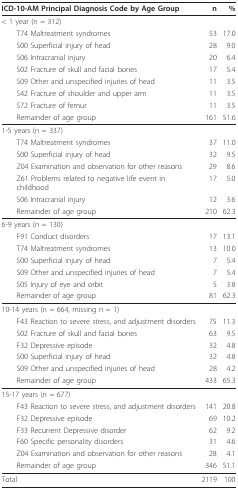
| ICD-10-AM Principal Diagnosis Code by Age Group | n | % |
 | --- | --- | --- |
 | < 1 year (n = 312) |  |  |
 | T74 Maltreatment syndromes | 53 | 17.0 |
 | S00 Superficial injury of head | 28 | 9.0 |
 | S06 Intracranial injury | 20 | 6.4 |
 | S02 Fracture of skull and facial bones | 17 | 5.4 |
 | S09 Other and unspecified injuries of head | 11 | 3.5 |
 | S42 Fracture of shoulder and upper arm | 11 | 3.5 |
 | S72 Fracture of femur | 11 | 3.5 |
 | Remainder of age group | 161 | 51.6 |
 | 1-5 years (n = 337) |  |  |
 | T74 Maltreatment syndromes | 37 | 11.0 |
 | S00 Superficial injury of head | 32 | 9.5 |
 | Z04 Examination and observation for other reasons | 29 | 8.6 |
 | Z61 Problems related to negative life event in childhood | 17 | 5.0 |
 | S06 Intracranial injury | 12 | 3.6 |
 | Remainder of age group | 210 | 62.3 |
 | 6-9 years (n = 130) |  |  |
 | F91 Conduct disorders | 17 | 13.1 |
 | T74 Maltreatment syndromes | 13 | 10.0 |
 | S00 Superficial injury of head | 7 | 5.4 |
 | S09 Other and unspecified injuries of head | 7 | 5.4 |
 | S05 Injury of eye and orbit | 5 | 3.8 |
 | Remainder of age group | 81 | 62.3 |
 | 10-14 years (n = 664, missing n = 1) |  |  |
 | F43 Reaction to severe stress, and adjustment disorders | 75 | 11.3 |
 | S02 Fracture of skull and facial bones | 63 | 9.5 |
 | F32 Depressive episode | 32 | 4.8 |
 | S00 Superficial injury of head | 32 | 4.8 |
 | S09 Other and unspecified injuries of head | 28 | 4.2 |
 | Remainder of age group | 433 | 65.3 |
 | 15-17 years (n = 677) |  |  |
 | F43 Reaction to severe stress, and adjustment disorders | 141 | 20.8 |
 | F32 Depressive episode | 69 | 10.2 |
 | F33 Recurrent Depressive disorder | 62 | 9.2 |
 | F60 Specific personality disorders | 31 | 4.6 |
 | Z04 Examination and observation for other reasons | 28 | 4.1 |
 | Remainder of age group | 346 | 51.1 |
 | Total | 2119 | 100 |